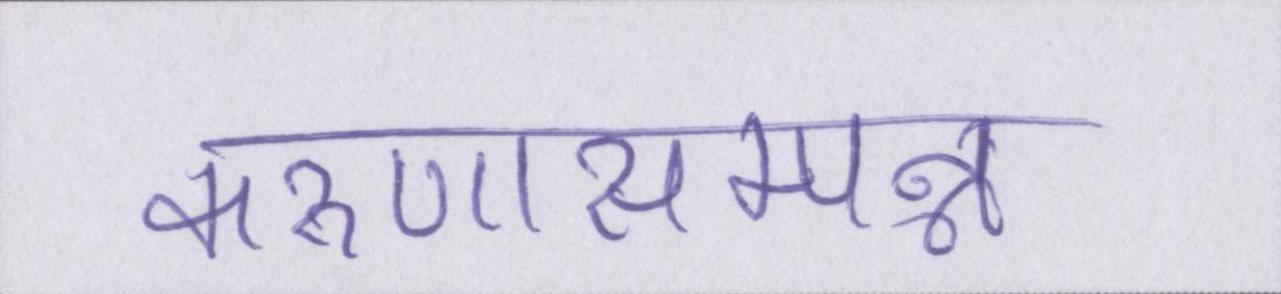
करुणासम्पन्न